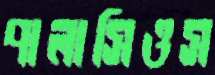
পালাসিওস